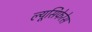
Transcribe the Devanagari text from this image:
ल्यूसिफेरेस